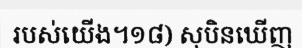
របស់យើង។១៨) សុបិនឃើញ